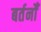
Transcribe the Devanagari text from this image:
बर्तनोँ